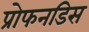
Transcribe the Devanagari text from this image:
प्रोफनडिस